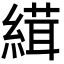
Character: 縙